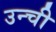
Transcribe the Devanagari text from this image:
उन्ची